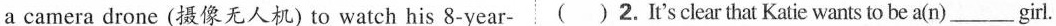
a camera drone (摄像无人机) to watch his 8-year- ( )2. It'sclear that Katie wants to be a(n)___girl.